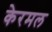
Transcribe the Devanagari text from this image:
केरमल